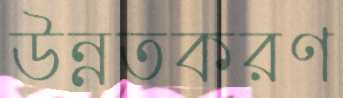
উন্নতকরণ